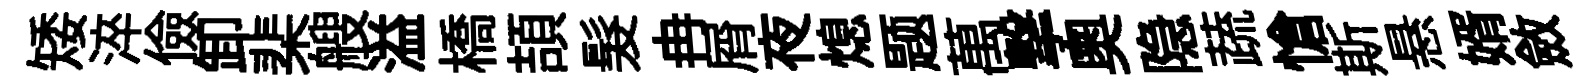
矮淬儉卸棐艘溢橋頡髮冉屑夜熄题萬撃奧隐蔬愴斯悬婿斂